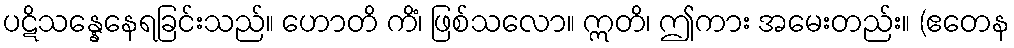
ပဋိသန္နေနေရခြင်းသည်။ ဟောတိ ကိံ၊ ဖြစ်သလော။ ဣတိ၊ ဤကား အမေးတည်း။ (ဧတေန